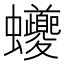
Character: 𲀖